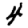
Digit: 4